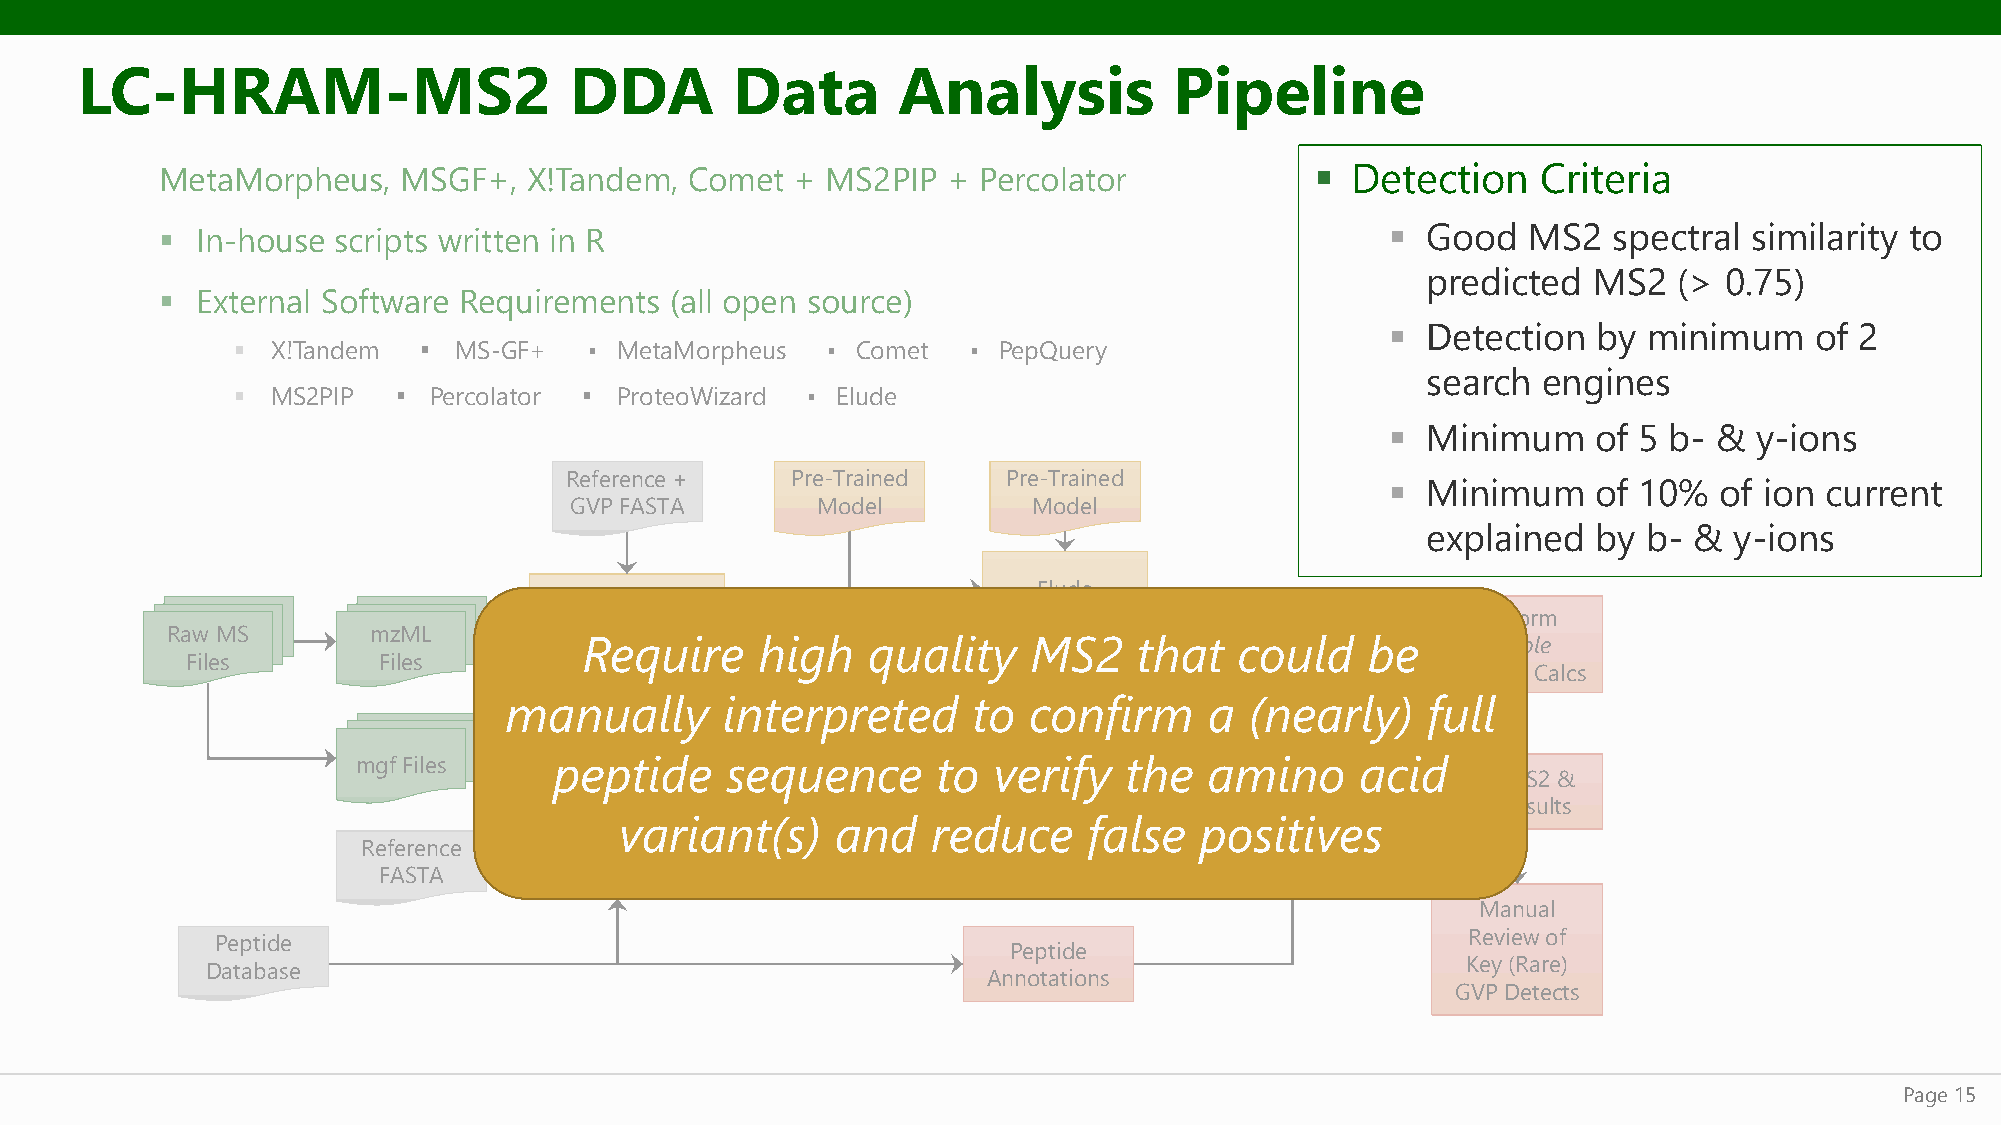
LC-HRAM-MS2                      DDA       Data       Analysis           Pipeline
 MetaMorpheus,   MSGF+,   X!Tandem,  Comet  + MS2PIP  + Percolator            ▪ Detection    Criteria
 ▪  In-house scripts written in R                                                  ▪ Good   MS2   spectral similarity to
 predicted  MS2   (> 0.75)
 ▪  External Software Requirements (all open source)
 ▪ Detection   by minimum    of 2
 ▪  X!Tandem  ▪ MS-GF+   ▪ MetaMorpheus  ▪ Comet  ▪ PepQuery
 search  engines
 ▪  MS2PIP  ▪ Percolator ▪ ProteoWizard ▪ Elude
 ▪ Minimum     of 5 b- & y-ions
 Reference +    Pre-Trained    Pre-Trained
 ▪ Minimum     of 10%  of ion current
 GVP FASTA       Model         Model
 explained   by b- &  y-ions
 Elude
 X!Tandem
 Perform
 Raw MS       mzML           MSGF+
 Require    higMhS2 PqIP uality MS2  that   cPeorcoulaltodr be Simple
 Files        Files         Comet
 MetaMorpheus                  MS2 Spectral                  LR/RMP Calcs
 manually       interpreted     toS imciolarnitiefsirm a (nearly) full
 mgf Files    peptide    sequence      to  verify  the   amino     acid
 Score        Plot MS2 &
 Detections     EIC Results
 variant(s)    and    reduce    false  positives
 Reference
 PepQuery
 FASTA
 Manual
 Review of
 Peptide
 Peptide
 Key (Rare)
 Database
 Annotations
 GVP Detects
 Page 15